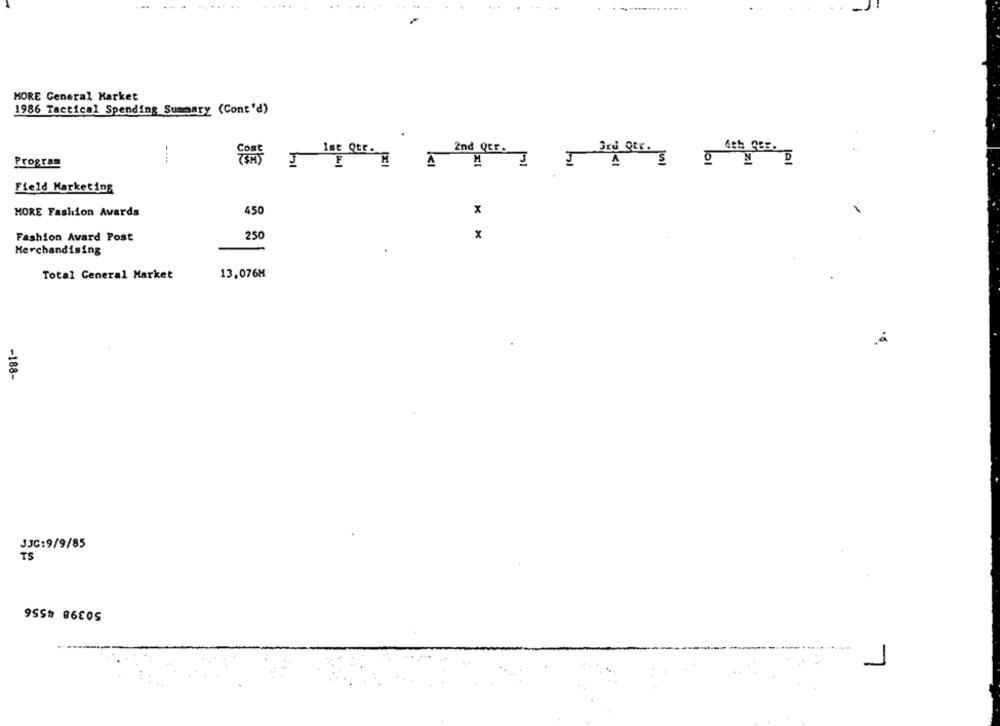
MORE General Market
1986 Tactical Spending Summary (Cont'd)
.
2nd Qtr.
Program
E
M
Field Marketing
450
x
MORE Fashion Awards
Fashion Avard Post
250
x
Merchandising
Total General Market
13,076M
-188-
JJC:9/9/85
TS
50398 4556